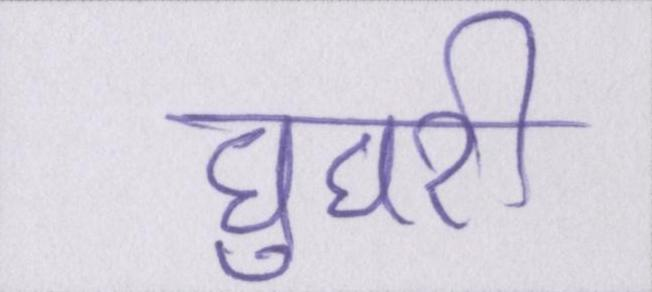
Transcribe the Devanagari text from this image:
घुघरी